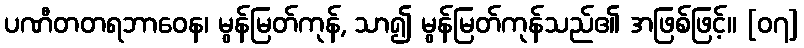
ပဏီတတရဘာဝေန၊ မွန်မြတ်ကုန်, သာ၍ မွန်မြတ်ကုန်သည်၏ အဖြစ်ဖြင့်။ [၀၇]